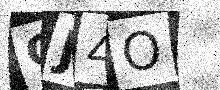
Text: QJ4O